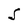
Character: S